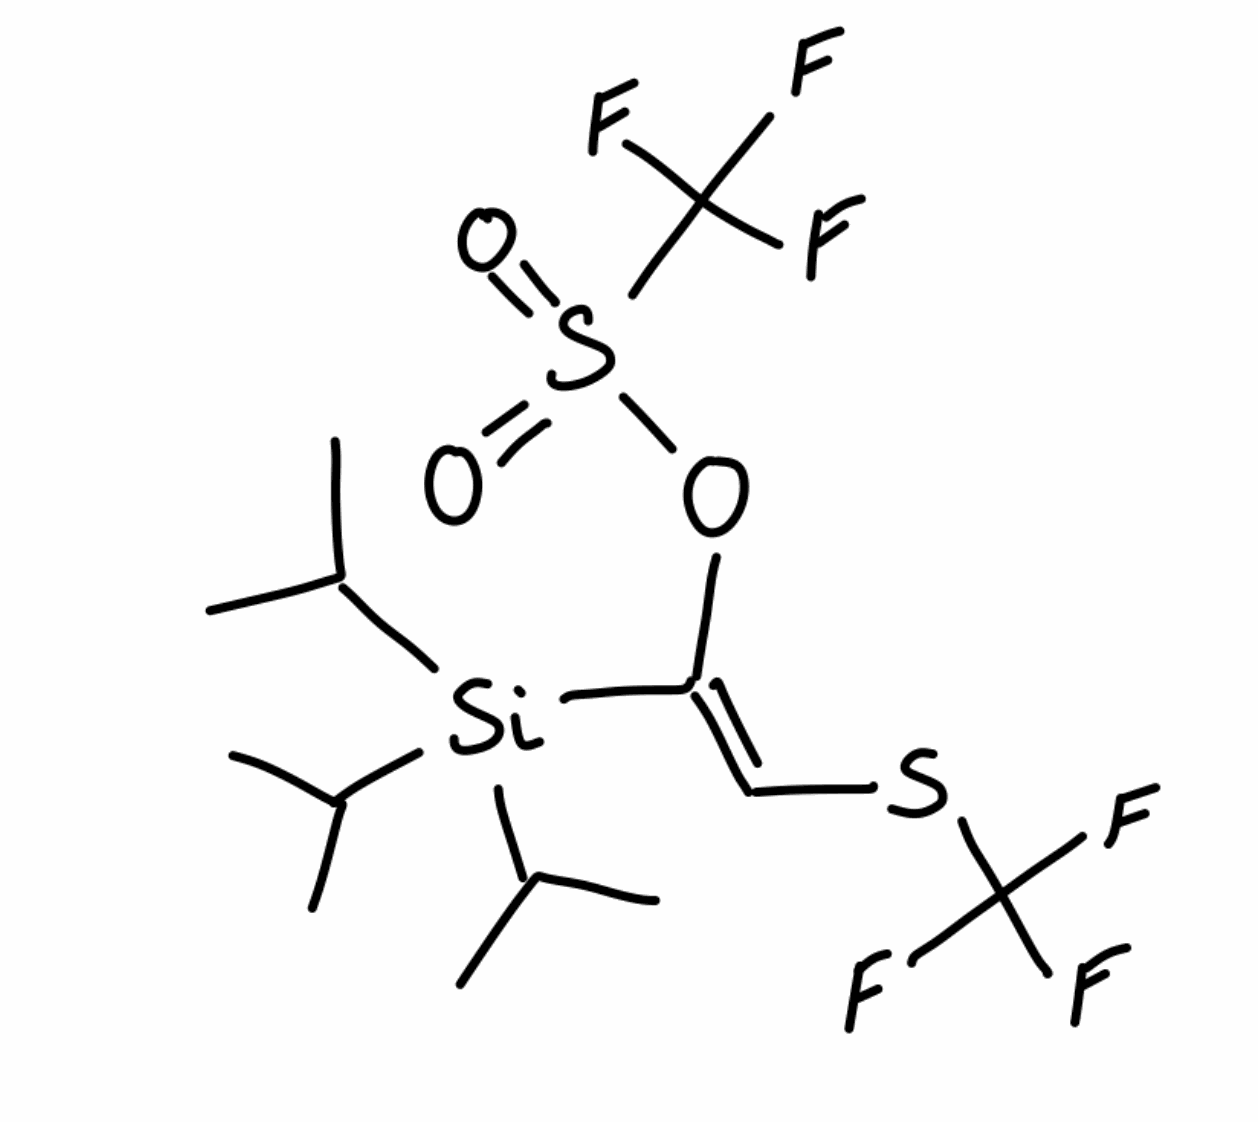
Simplified molecular-input line-entry system (SMILES) notation of the given molecule:
CC(C)[Si](C(C)C)(C(C)C)/C(=C/SC(F)(F)F)/OS(=O)(=O)C(F)(F)F